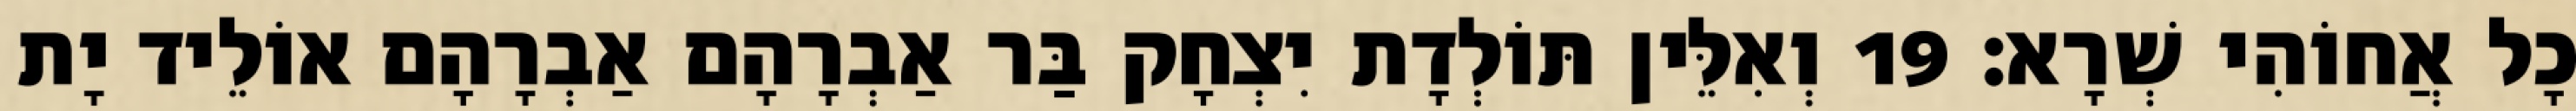
כָל אֲחוֹהִי שְׁרָא׃ 19 וְאִלֵּין תּוֹלְדָת יִצְחָק בַּר אַבְרָהָם אַבְרָהָם אוֹלֵיד יָת